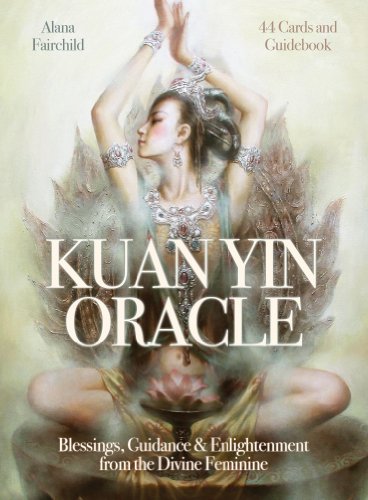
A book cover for Kuan Yin Oracle Set; Alana Fairchild; Self-Help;